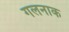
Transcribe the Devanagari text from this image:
गलनाक